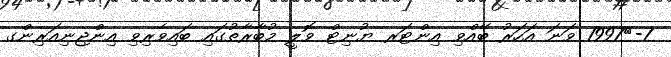
7-	1997 ވަނަ އަހަރު ބޭއްވި އިންޓަރ ޔުނިޓް ވޮލީ މުބާރާތުގައި ބައިވެރިވި އިންޖިނިއަރިންގ